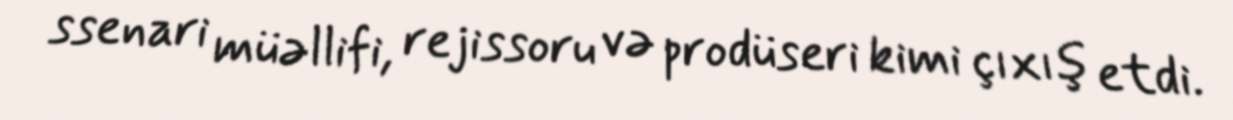
ssenari müəllifi, rejissoru və prodüseri kimi çıxış etdi.